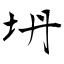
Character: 坍